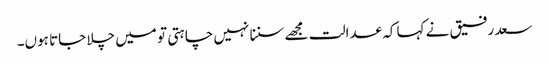
سعد رفیق نے کہا کہ عدالت مجھے سننا نہیں چاہتی تو میں چلا جاتا ہوں۔